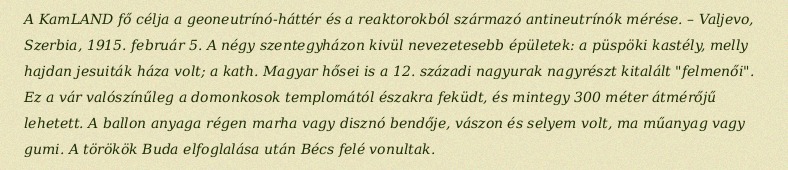
A KamLAND fő célja a geoneutrínó-háttér és a reaktorokból származó antineutrínók mérése. – Valjevo, Szerbia, 1915. február 5. A négy szentegyházon kivül nevezetesebb épületek: a püspöki kastély, melly hajdan jesuiták háza volt; a kath. Magyar hősei is a 12. századi nagyurak nagyrészt kitalált "felmenői". Ez a vár valószínűleg a domonkosok templomától északra feküdt, és mintegy 300 méter átmérőjű lehetett. A ballon anyaga régen marha vagy disznó bendője, vászon és selyem volt, ma műanyag vagy gumi. A törökök Buda elfoglalása után Bécs felé vonultak.